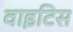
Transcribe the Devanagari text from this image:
वाइटिस